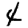
Digit: 4